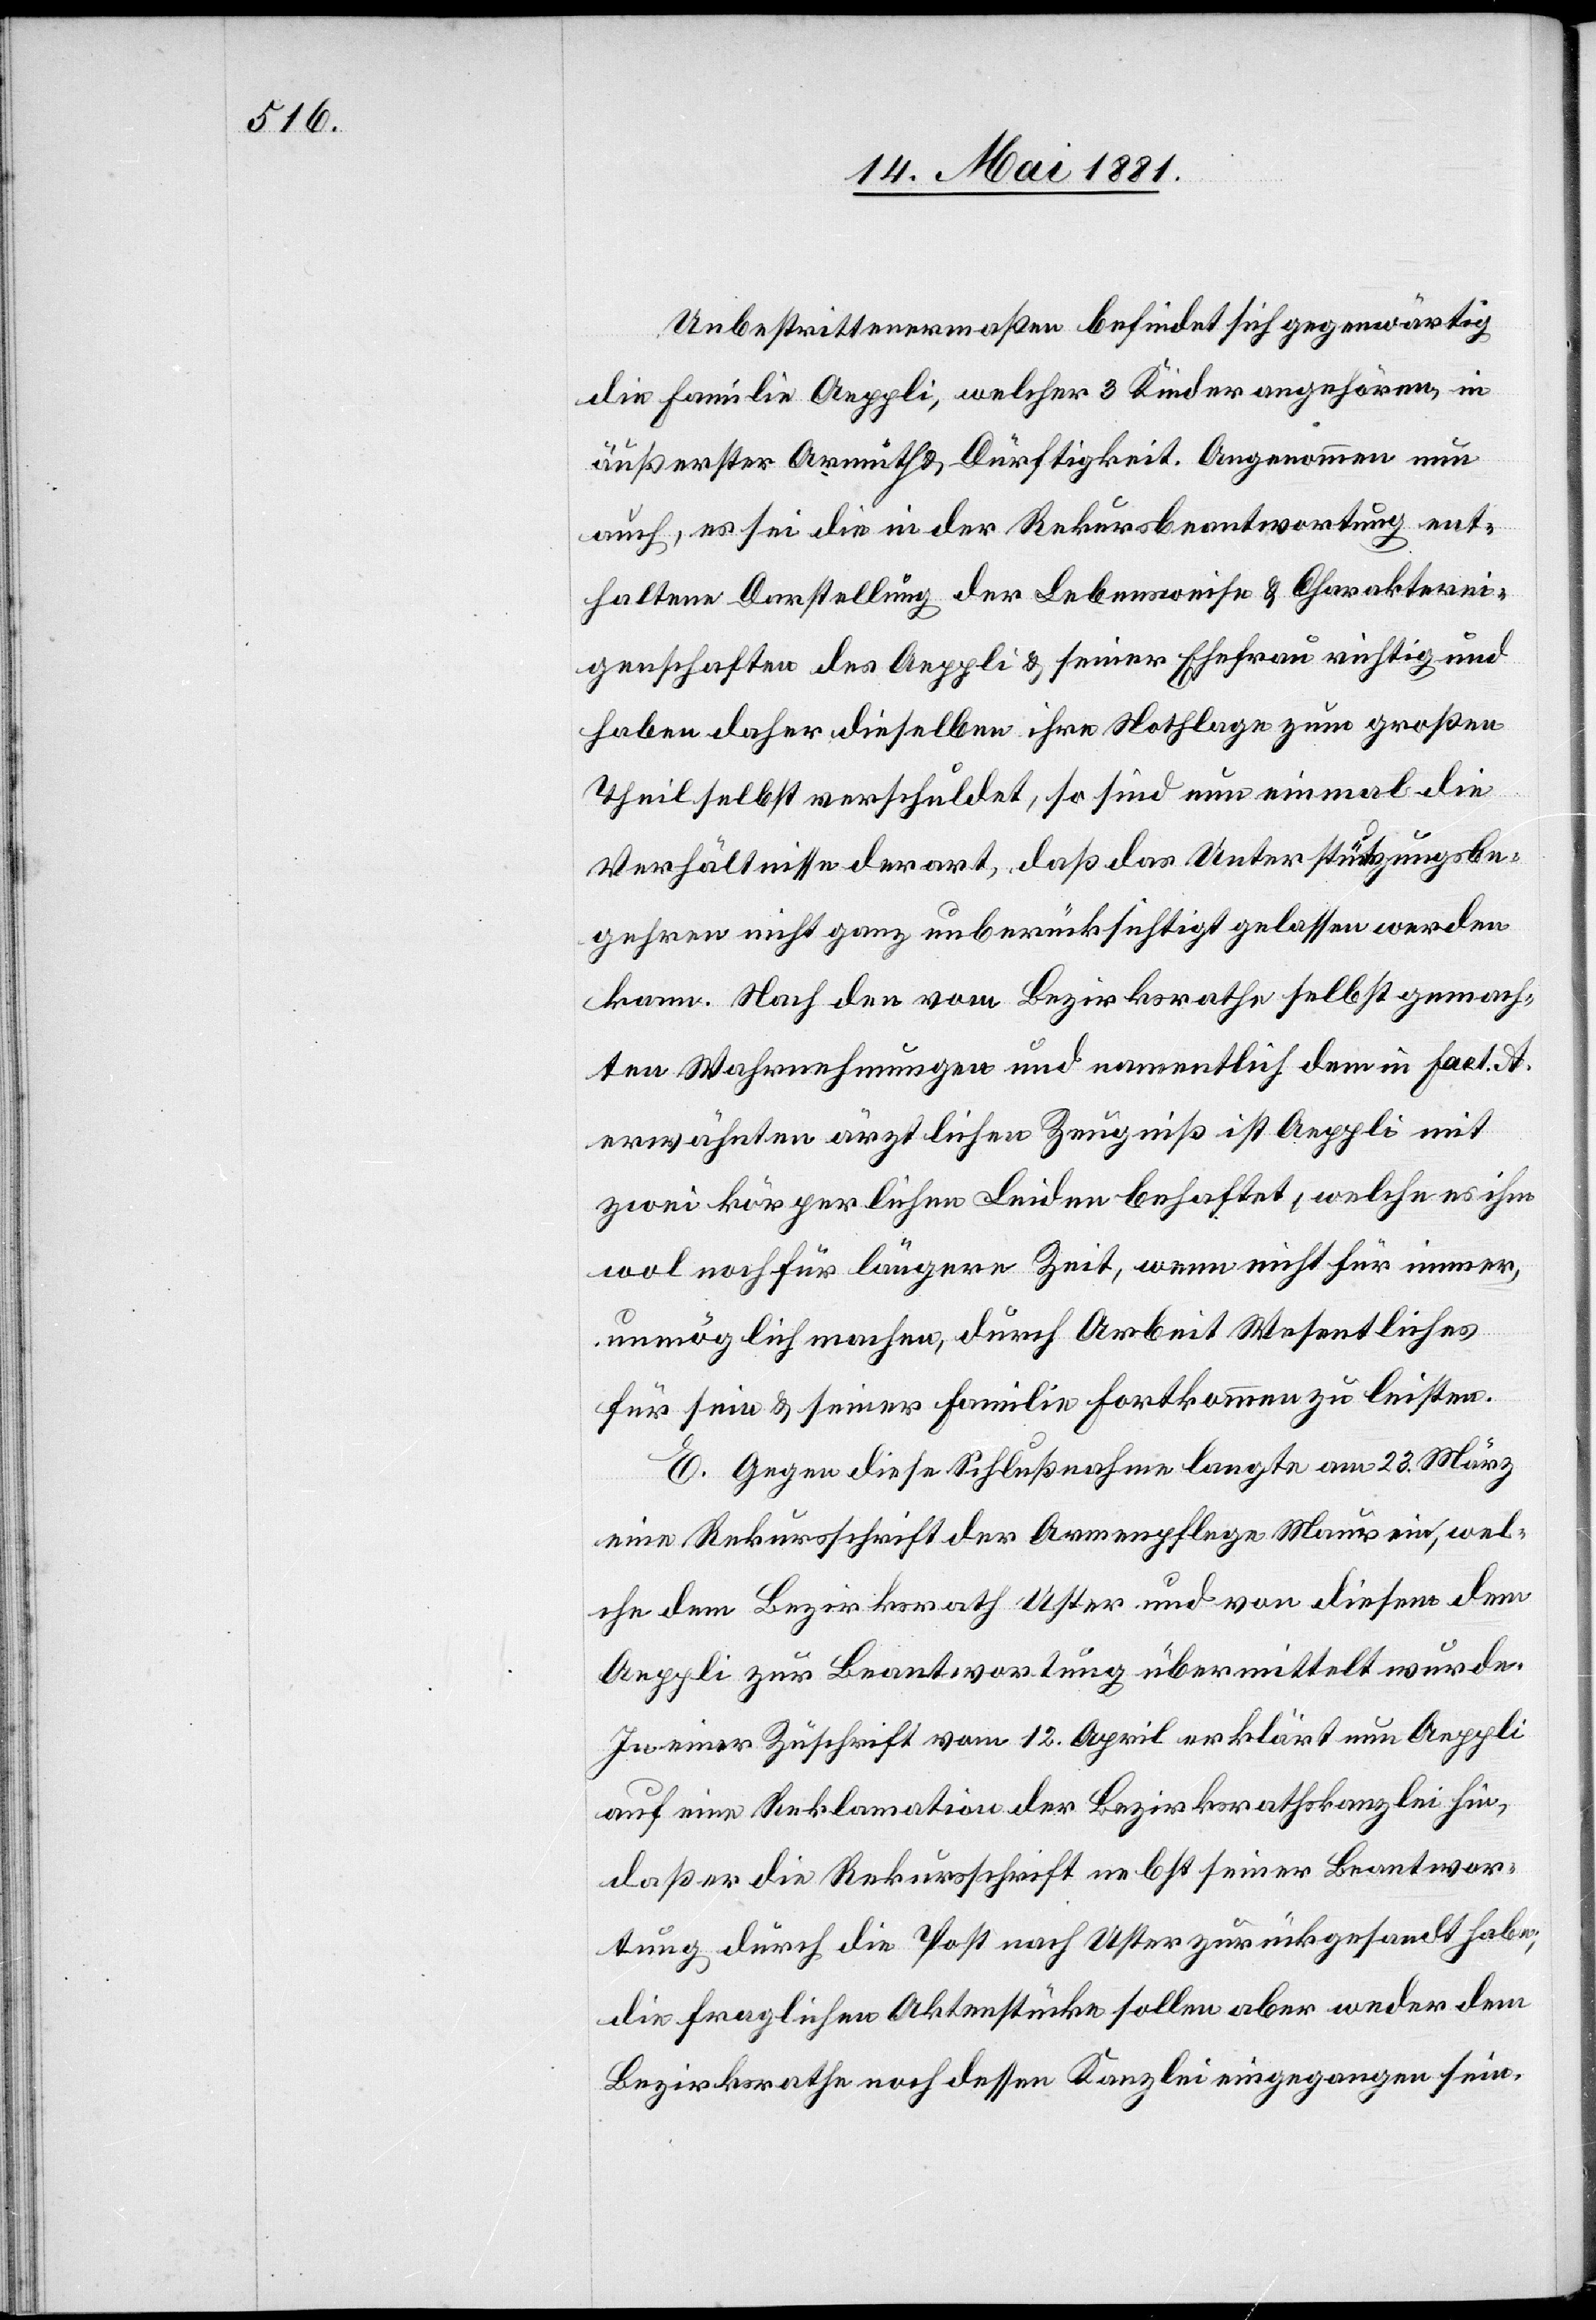
Unbestrittenermaßen befindet sich gegenwärtig
die Familie Aeppli, welcher 3 Kinder angehören, in
äußerster Armuth & Dürftigkeit. Angenommen nun
auch, es sei die in der Rekursbeantwortung ent¬
haltene Darstellung der Lebensweise & Charakterei¬
genschaften des Aeppli & seiner Ehefrau richtig und
haben daher dieselben ihre Nothlage zum großen
Theil selbst verschuldet, so sind nun einmal die
Verhältnisse derart, daß das Unterstützungsbe¬
gehren nicht ganz unberücksichtigt gelassen werden
kann. Nach den vom Bezirksrathe selbst gemach¬
ten Wahrnehmungen und namentlich dem in fact. A
erwähnten ärztlichen Zeugniß ist Aeppli mit
zwei körperlichen Leiden behaftet, welche es ihm
wol noch für längere Zeit, wenn nicht für immer
unmöglich machen, durch Arbeit Wesentliches
für sein & seiner Familie Fortkommen zu leisten.
E. Gegen diese Schlußnahme langte am 23. März
eine Rekursschrift der Armenpflege Maur ein, wel¬
che dem Bezirksrath Uster und von diesem dem
Aeppli zur Beantwortung übermittelt wurde.
In einer Zuschrift vom 12. April erklärt nun Aeppli
auf eine Reklamation der Bezirksrathskanzlei hin,
daß er die Rekursschrift nebst seiner Beantwor¬
tung durch die Post nach Uster zurückgesandt habe;
die fraglichen Aktenstücke sollen aber weder dem
Bezirksrathe noch dessen Kanzlei eingegangen sein.